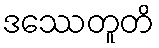
ဒဿေတူတိ